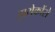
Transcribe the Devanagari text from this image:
झरोकोंसे